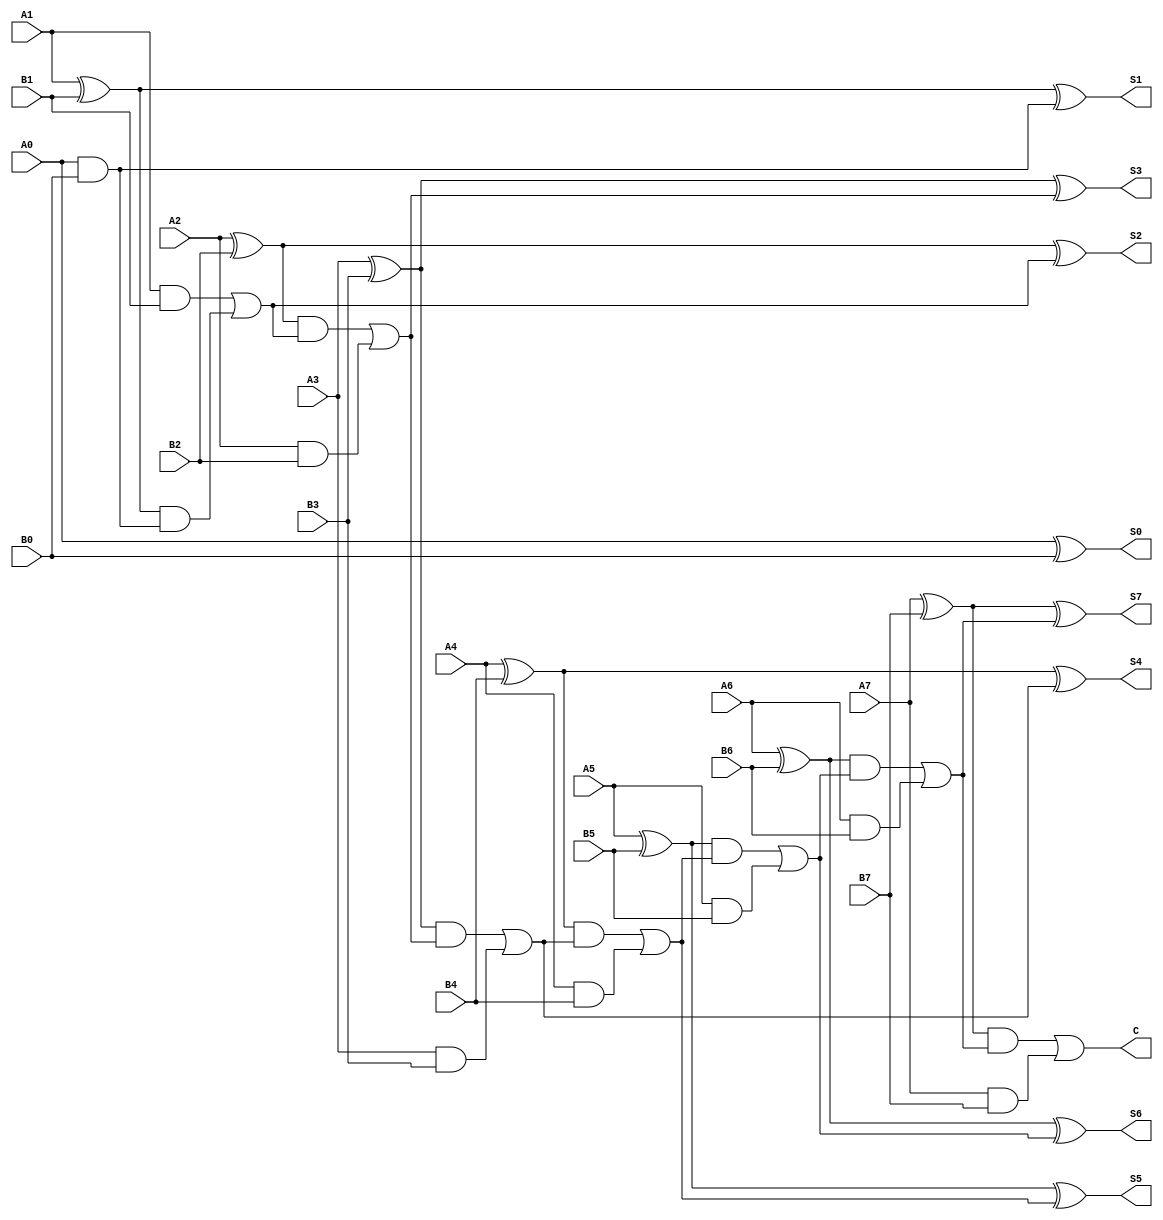
`timescale 1ns / 1ps
//////////////////////////////////////////////////////////////////////////////////
// Company: 
// Engineer: 
// 
// Design Name: 
// Module Name: adder
// Project Name: 
// Target Devices: 
// Tool Versions: 
// Description: 
// 
// Dependencies: 
// 
// Revision:
// Revision 0.01 - File Created
// Additional Comments:
// 
//////////////////////////////////////////////////////////////////////////////////


module adder(
	input A0,
	input B0,
	input A1,
	input B1,
	input A2,
	input B2,
	input A3,
	input B3,
	input A4,
	input B4,
	input A5,
	input B5,
	input A6,
	input B6,
	input A7,
	input B7,
	output S0,
	output S1,
	output S2,
	output S3,
	output S4,
	output S5,
	output S6,
	output S7,
	output C
);

wire X3, X12, X14, X15, X16, X39, X43, X45, X46, X56, X60, X62, X63, X73, X77, X79, X80, X90, X94, X96, X97, X107, X111, X113, X114, X124, X128, X130;


and U3 (X3,A0, B0);

xor U2 (S0,A0, B0);

xor U12 (X12,A1, B1);

xor U13 (S1,X12, X3);

and U14 (X14,X12, X3);

and U15 (X15,A1, B1);

or U16 (X16,X15, X14);

xor U39 (X39,A2, B2);

xor U41 (S2,X39, X16);

and U43 (X43,X39, X16);

and U45 (X45,A2, B2);

or U46 (X46,X43, X45);

xor U56 (X56,A3, B3);

xor U58 (S3,X56, X46);

and U60 (X60,X56, X46);

and U62 (X62,A3, B3);

or U63 (X63,X60, X62);

xor U73 (X73,A4, B4);

xor U75 (S4,X73, X63);

and U77 (X77,X73, X63);

and U79 (X79,A4, B4);

or U80 (X80,X77, X79);

xor U90 (X90,A5, B5);

xor U92 (S5,X90, X80);

and U94 (X94,X90, X80);

and U96 (X96,A5, B5);

or U97 (X97,X94, X96);

xor U107 (X107,A6, B6);

xor U109 (S6,X107, X97);

and U111 (X111,X107, X97);

and U113 (X113,A6, B6);

or U114 (X114,X111, X113);

xor U124 (X124,A7, B7);

xor U126 (S7,X124, X114);

and U128 (X128,X124, X114);

and U130 (X130,A7, B7);

or U131 (C,X128, X130);

endmodule